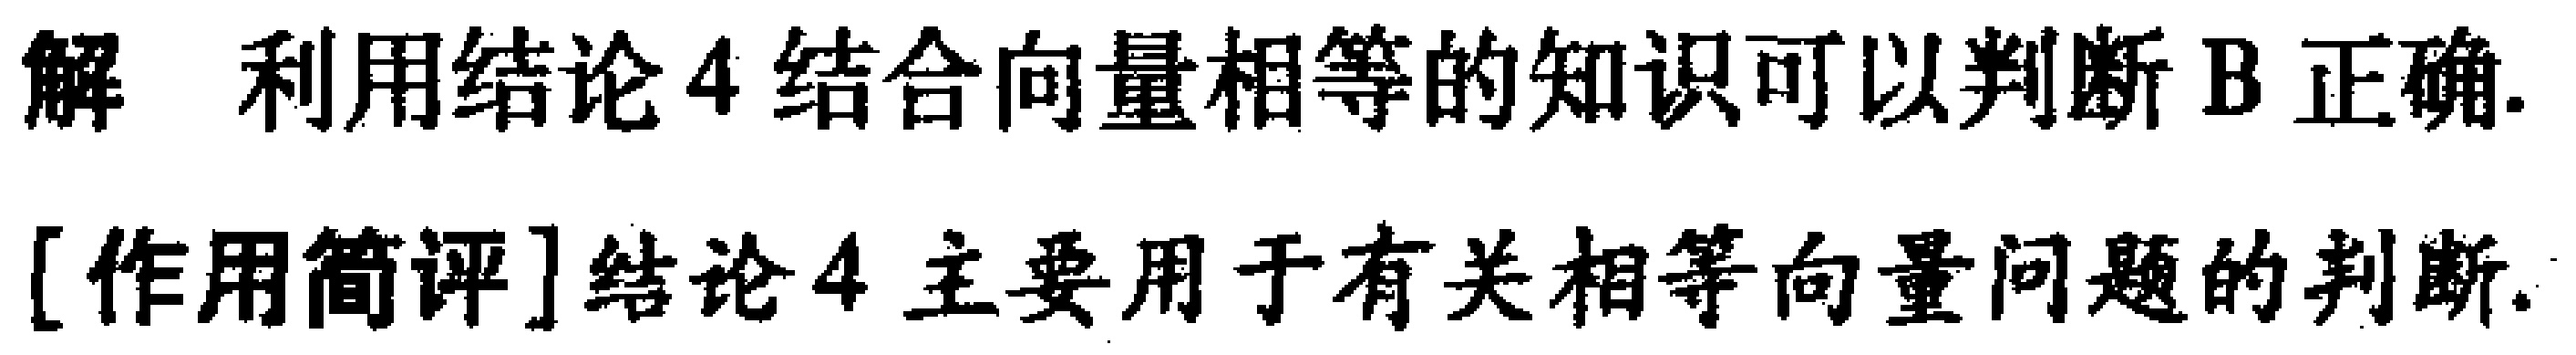
解 利用结论4结合向量相等的知识可以判断B正确.
[作用简评]结论4主要用于有关相等向量问题的判断.